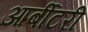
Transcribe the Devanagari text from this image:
आर्बीटरी